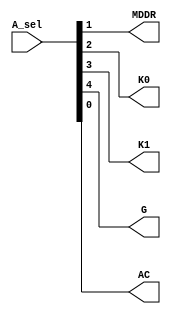
module ACI_decoder(A_sel,MDDR,K0,K1,G,AC); 

input [4:0] A_sel;

output   MDDR,K0,K1,G,AC;

assign AC   = A_sel[0];
assign MDDR = A_sel[1];
assign K0   = A_sel[2];
assign K1   = A_sel[3];
assign G    = A_sel[4];


endmodule